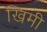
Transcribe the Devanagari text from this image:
खिमी